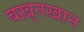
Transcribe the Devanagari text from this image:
बख़्तखान